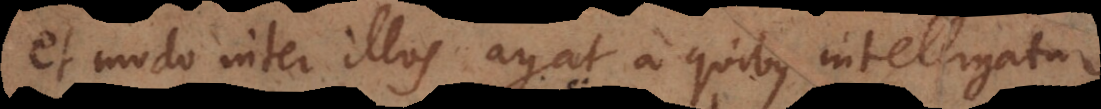
et modo inter illos agat a quibus intelligatur